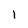
Character: 1